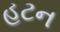
હટન